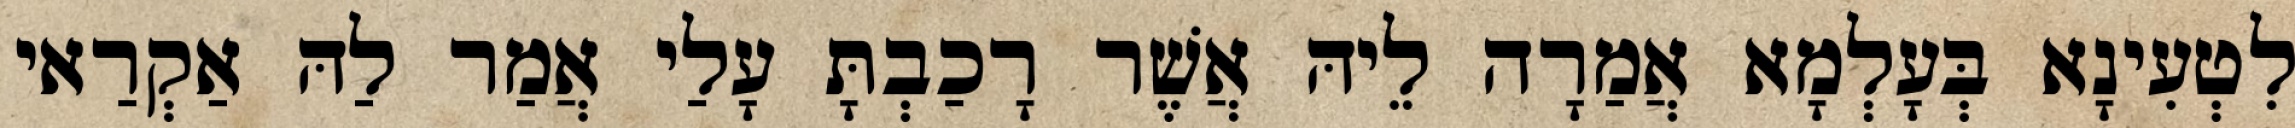
לִטְעִינָא בְּעָלְמָא אֲמַרָה לֵיהּ אֲשֶׁר רָכַבְתָּ עָלַי אֲמַר לַהּ אַקְרַאי